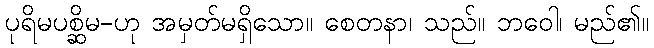
ပုရိမပစ္ဆိမ-ဟု အမှတ်မရှိသော။ စေတနာ၊ သည်။ ဘဝေါ၊ မည်၏။